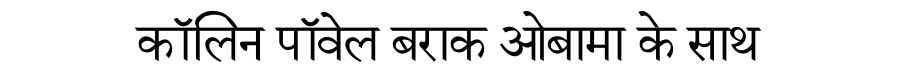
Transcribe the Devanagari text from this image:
कॉलिन पॉवेल बराक ओबामा के साथ